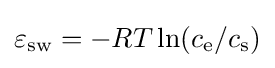
\varepsilon _{\rm {sw}}=-RT\ln(c_{\rm {e}}/c_{\rm {s}})